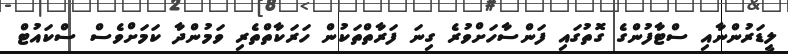
ލީޑަރުންނާއި ސްޓާފުންގެ ގޮތުގައި ފަންސާހަށްވުރެ ގިނަ ފަރާތްތަކުން ހަރަކާތްތެރި ވަމުންދާ ކަމަށްވެސް ސްކައުޓް